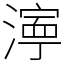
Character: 𬈿